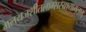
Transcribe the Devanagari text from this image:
मलयजशीतलाम्सस्यश्यामलाम्